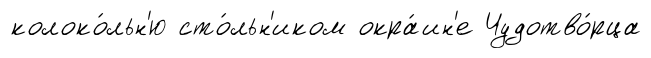
колоко́льн'ю сто́льн'иком окра́ин'е Чудотво́рца